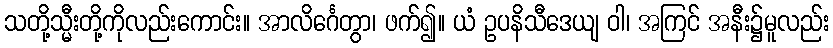
သတို့သ္မီးတို့ကိုလည်းကောင်း။ အာလိင်္ဂေတွာ၊ ဖက်၍။ ယံ ဥပနိသီဒေယျ ဝါ၊ အကြင် အနီး၌မူလည်း